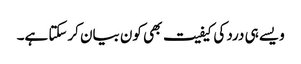
ویسے ہی درد کی کیفیت بھی کون بیان کرسکتا ہے۔